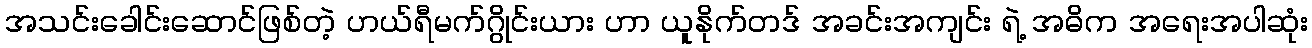
အသင်းခေါင်းဆောင်ဖြစ်တဲ့ ဟယ်ရီမက်ဂွိုင်းယား ဟာ ယူနိုက်တဒ် အခင်းအကျင်း ရဲ့ အဓိက အရေးအပါဆုံး